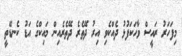
މިފަހަރު ރައީސް ވާހަކަފުޅު ދެއްކެވި އިރު ދޭތެރެ ދޭތެރެއިން މައިކްގެ އަޑު ކެނޑޭތީ